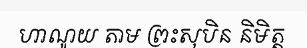
ហាណូយ តាម ព្រះសុបិន និមិត្ត